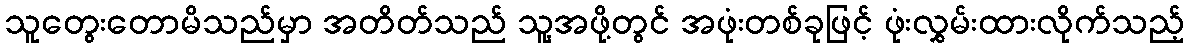
သူတွေးတောမိသည်မှာ အတိတ်သည် သူ့အဖို့တွင် အဖုံးတစ်ခုဖြင့် ဖုံးလွှမ်းထားလိုက်သည့်